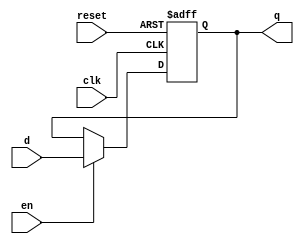
module parameterized_register #(
    parameter N = 8  // Default bit-width of the register
)(
    input wire clk,      // Clock signal
    input wire reset,    // Asynchronous reset signal
    input wire [N-1:0] d, // Input data signal (n-bit value)
    input wire en,       // Enable signal
    output reg [N-1:0] q // Output data signal (n-bit value)
);

    // Asynchronous reset and register behavior
    always @(posedge clk or posedge reset) begin
        if (reset) begin
            q <= {N{1'b0}}; // Reset output to zero
        end else if (en) begin
            q <= d; // Capture input data when enabled
        end
        // If reset is low and enable is low, retain previous value of q
    end

endmodule